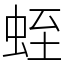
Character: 蛭